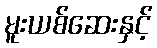
မူးယစ်ဆေးနှင့်